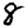
Digit: 8